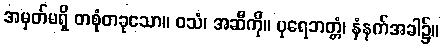
အမှတ်မရှိ တစုံတခုသော။ ဝသံ၊ အဆီကို။ ပုရေဘတ္တံ၊ နံနက်အခါ၌။